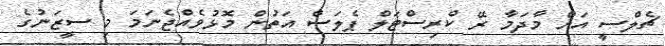
ޗެލްސީ އަށް މާދަމާ ރޭ ކްރިސްޓަލް ޕެލަސް އަތުން މޮޅުވެއްޖެނަމަ މި ސީޒަނުގެ